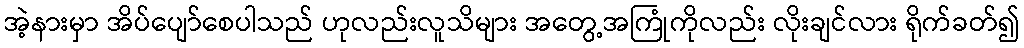
အဲ့နားမှာ အိပ်ပျော်စေပါသည် ဟုလည်းလူသိများ အတွေ့အကြုံကိုလည်း လိုးချင်လား ရိုက်ခတ်၍